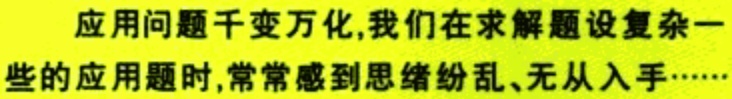
应用问题千变万化,我们在求解题设复杂一些的应用题时,常常感到思绪纷乱、无从入手……